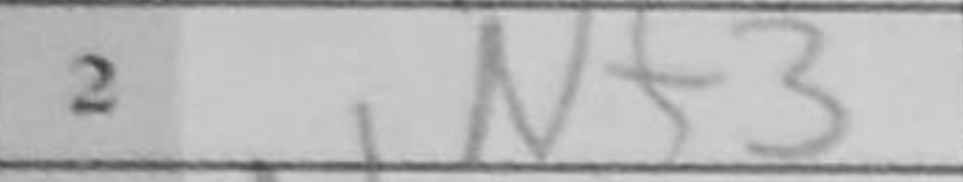
Transcription: Nf3